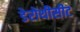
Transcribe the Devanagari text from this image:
डेरोथीसीट